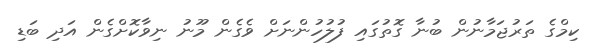
ކިމްގެ ތަރުޖަމާނުން ބުނާ ގޮތުގައި ފުލުހުންނަށް ވެގެން މޫނު ނިވާކޮށްގެން އަދި ބަޑި